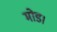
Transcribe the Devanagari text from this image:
मोड।